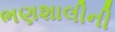
ભણશાલીની